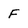
Character: F